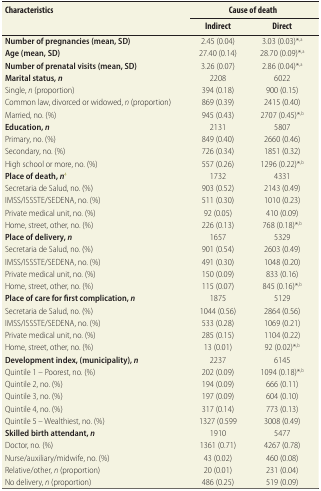
<table><thead><tr><td rowspan="2"><b>Characteristics</b></td><td colspan="2"><b>Cause of death</b></td></tr><tr><td><b>Indirect</b></td><td><b>Direct</b></td></tr></thead><tbody><tr><td><b>Number of pregnancies (mean, SD)</b></td><td>2.45 (0.04)</td><td>3.03 (0.03)*<sup>,a</sup></td></tr><tr><td><b>Age (mean, SD)</b></td><td>27.40 (0.14)</td><td>28.70 (0.09)*<sup>,a</sup></td></tr><tr><td><b>Number of prenatal visits (mean, SD)</b></td><td>3.26 (0.07)</td><td>2.86 (0.04)*<sup>,a</sup></td></tr><tr><td><b>Marital status, <i>n</i></b></td><td>2208</td><td>6022</td></tr><tr><td>Single, <i>n</i> (proportion)</td><td>394 (0.18)</td><td>900 (0.15)</td></tr><tr><td>Common law, divorced or widowed, <i>n</i> (proportion)</td><td>869 (0.39)</td><td>2415 (0.40)</td></tr><tr><td>Married, no. (%)</td><td>945 (0.43)</td><td>2707 (0.45)*<sup>,b</sup></td></tr><tr><td><b>Education, <i>n</i></b></td><td>2131</td><td>5807</td></tr><tr><td>Primary, no. (%)</td><td>849 (0.40)</td><td>2660 (0.46)</td></tr><tr><td>Secondary, no. (%)</td><td>726 (0.34)</td><td>1851 (0.32)</td></tr><tr><td>High school or more, no. (%)</td><td>557 (0.26)</td><td>1296 (0.22)*<sup>,b</sup></td></tr><tr><td><b>Place of death, <i>n</i></b><sup>4</sup></td><td>1732</td><td>4331</td></tr><tr><td>Secretaria de Salud, no. (%)</td><td>903 (0.52)</td><td>2143 (0.49)</td></tr><tr><td>IMSS/ISSSTE/SEDENA, no. (%)</td><td>511 (0.30)</td><td>1010 (0.23)</td></tr><tr><td>Private medical unit, no. (%)</td><td>92 (0.05)</td><td>410 (0.09)</td></tr><tr><td>Home, street, other, no. (%)</td><td>226 (0.13)</td><td>768 (0.18)*<sup>,b</sup></td></tr><tr><td><b>Place of delivery, <i>n</i></b></td><td>1657</td><td>5329</td></tr><tr><td>Secretaria de Salud, no. (%)</td><td>901 (0.54)</td><td>2603 (0.49)</td></tr><tr><td>IMSS/ISSSTE/SEDENA, no. (%)</td><td>491 (0.30)</td><td>1048 (0.20)</td></tr><tr><td>Private medical unit, no. (%)</td><td>150 (0.09)</td><td>833 (0.16)</td></tr><tr><td>Home, street, other, no. (%)</td><td>115 (0.07)</td><td>845 (0.16)*<sup>,b</sup></td></tr><tr><td><b>Place of care for first complication, <i>n</i></b></td><td>1875</td><td>5129</td></tr><tr><td>Secretaria de Salud, no. (%)</td><td>1044 (0.56)</td><td>2864 (0.56)</td></tr><tr><td>IMSS/ISSSTE/SEDENA, no. (%)</td><td>533 (0.28)</td><td>1069 (0.21)</td></tr><tr><td>Private medical unit, no. (%)</td><td>285 (0.15)</td><td>1104 (0.22)</td></tr><tr><td>Home, street, other, no. (%)</td><td>13 (0.01)</td><td>92 (0.02)*<sup>,b</sup></td></tr><tr><td><b>Development index, (municipality), <i>n</i></b></td><td>2237</td><td>6145</td></tr><tr><td>Quintile 1 – Poorest, no. (%)</td><td>202 (0.09)</td><td>1094 (0.18)*<sup>,b</sup></td></tr><tr><td>Quintile 2, no. (%)</td><td>194 (0.09)</td><td>666 (0.11)</td></tr><tr><td>Quintile 3, no. (%)</td><td>197 (0.09)</td><td>604 (0.10)</td></tr><tr><td>Quintile 4, no. (%)</td><td>317 (0.14)</td><td>773 (0.13)</td></tr><tr><td>Quintile 5 – Wealthiest, no. (%)</td><td>1327 (0.599</td><td>3008 (0.49)</td></tr><tr><td><b>Skilled birth attendant, <i>n</i></b></td><td>1910</td><td>5477</td></tr><tr><td>Doctor, no. (%)</td><td>1361 (0.71)</td><td>4267 (0.78)</td></tr><tr><td>Nurse/auxiliary/midwife, no. (%)</td><td>43 (0.02)</td><td>460 (0.08)</td></tr><tr><td>Relative/other, <i>n</i> (proportion)</td><td>20 (0.01)</td><td>231 (0.04)</td></tr><tr><td>No delivery, <i>n</i> (proportion)</td><td>486 (0.25)</td><td>519 (0.09)</td></tr></tbody></table>